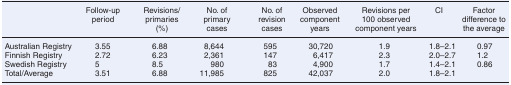
<table><thead><tr><td></td><td><b>Follow-up period</b></td><td><b>Revisions/ primaries (%)</b></td><td><b>No. of primary cases</b></td><td><b>No. of revision cases</b></td><td><b>Observed component years</b></td><td><b>Revisions per 100 observed component years</b></td><td><b>CI</b></td><td><b>Factor difference to the average</b></td></tr></thead><tbody><tr><td>Australian Registry</td><td>3.55</td><td>6.88</td><td>8,644</td><td>595</td><td>30,720</td><td>1.9</td><td>1.8–2.1</td><td>0.97</td></tr><tr><td>Finnish Registry</td><td>2.72</td><td>6.23</td><td>2,361</td><td>147</td><td>6,417</td><td>2.3</td><td>2.0–2.7</td><td>1.2</td></tr><tr><td>Swedish Registry</td><td>5</td><td>8.5</td><td>980</td><td>83</td><td>4,900</td><td>1.7</td><td>1.4–2.1</td><td>0.86</td></tr><tr><td>Total/Average</td><td>3.51</td><td>6.88</td><td>11,985</td><td>825</td><td>42,037</td><td>2.0</td><td>1.8–2.1</td><td></td></tr></tbody></table>